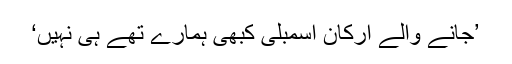
’جانے والے ارکانِ اسمبلی کبھی ہمارے تھے ہی نہیں‘